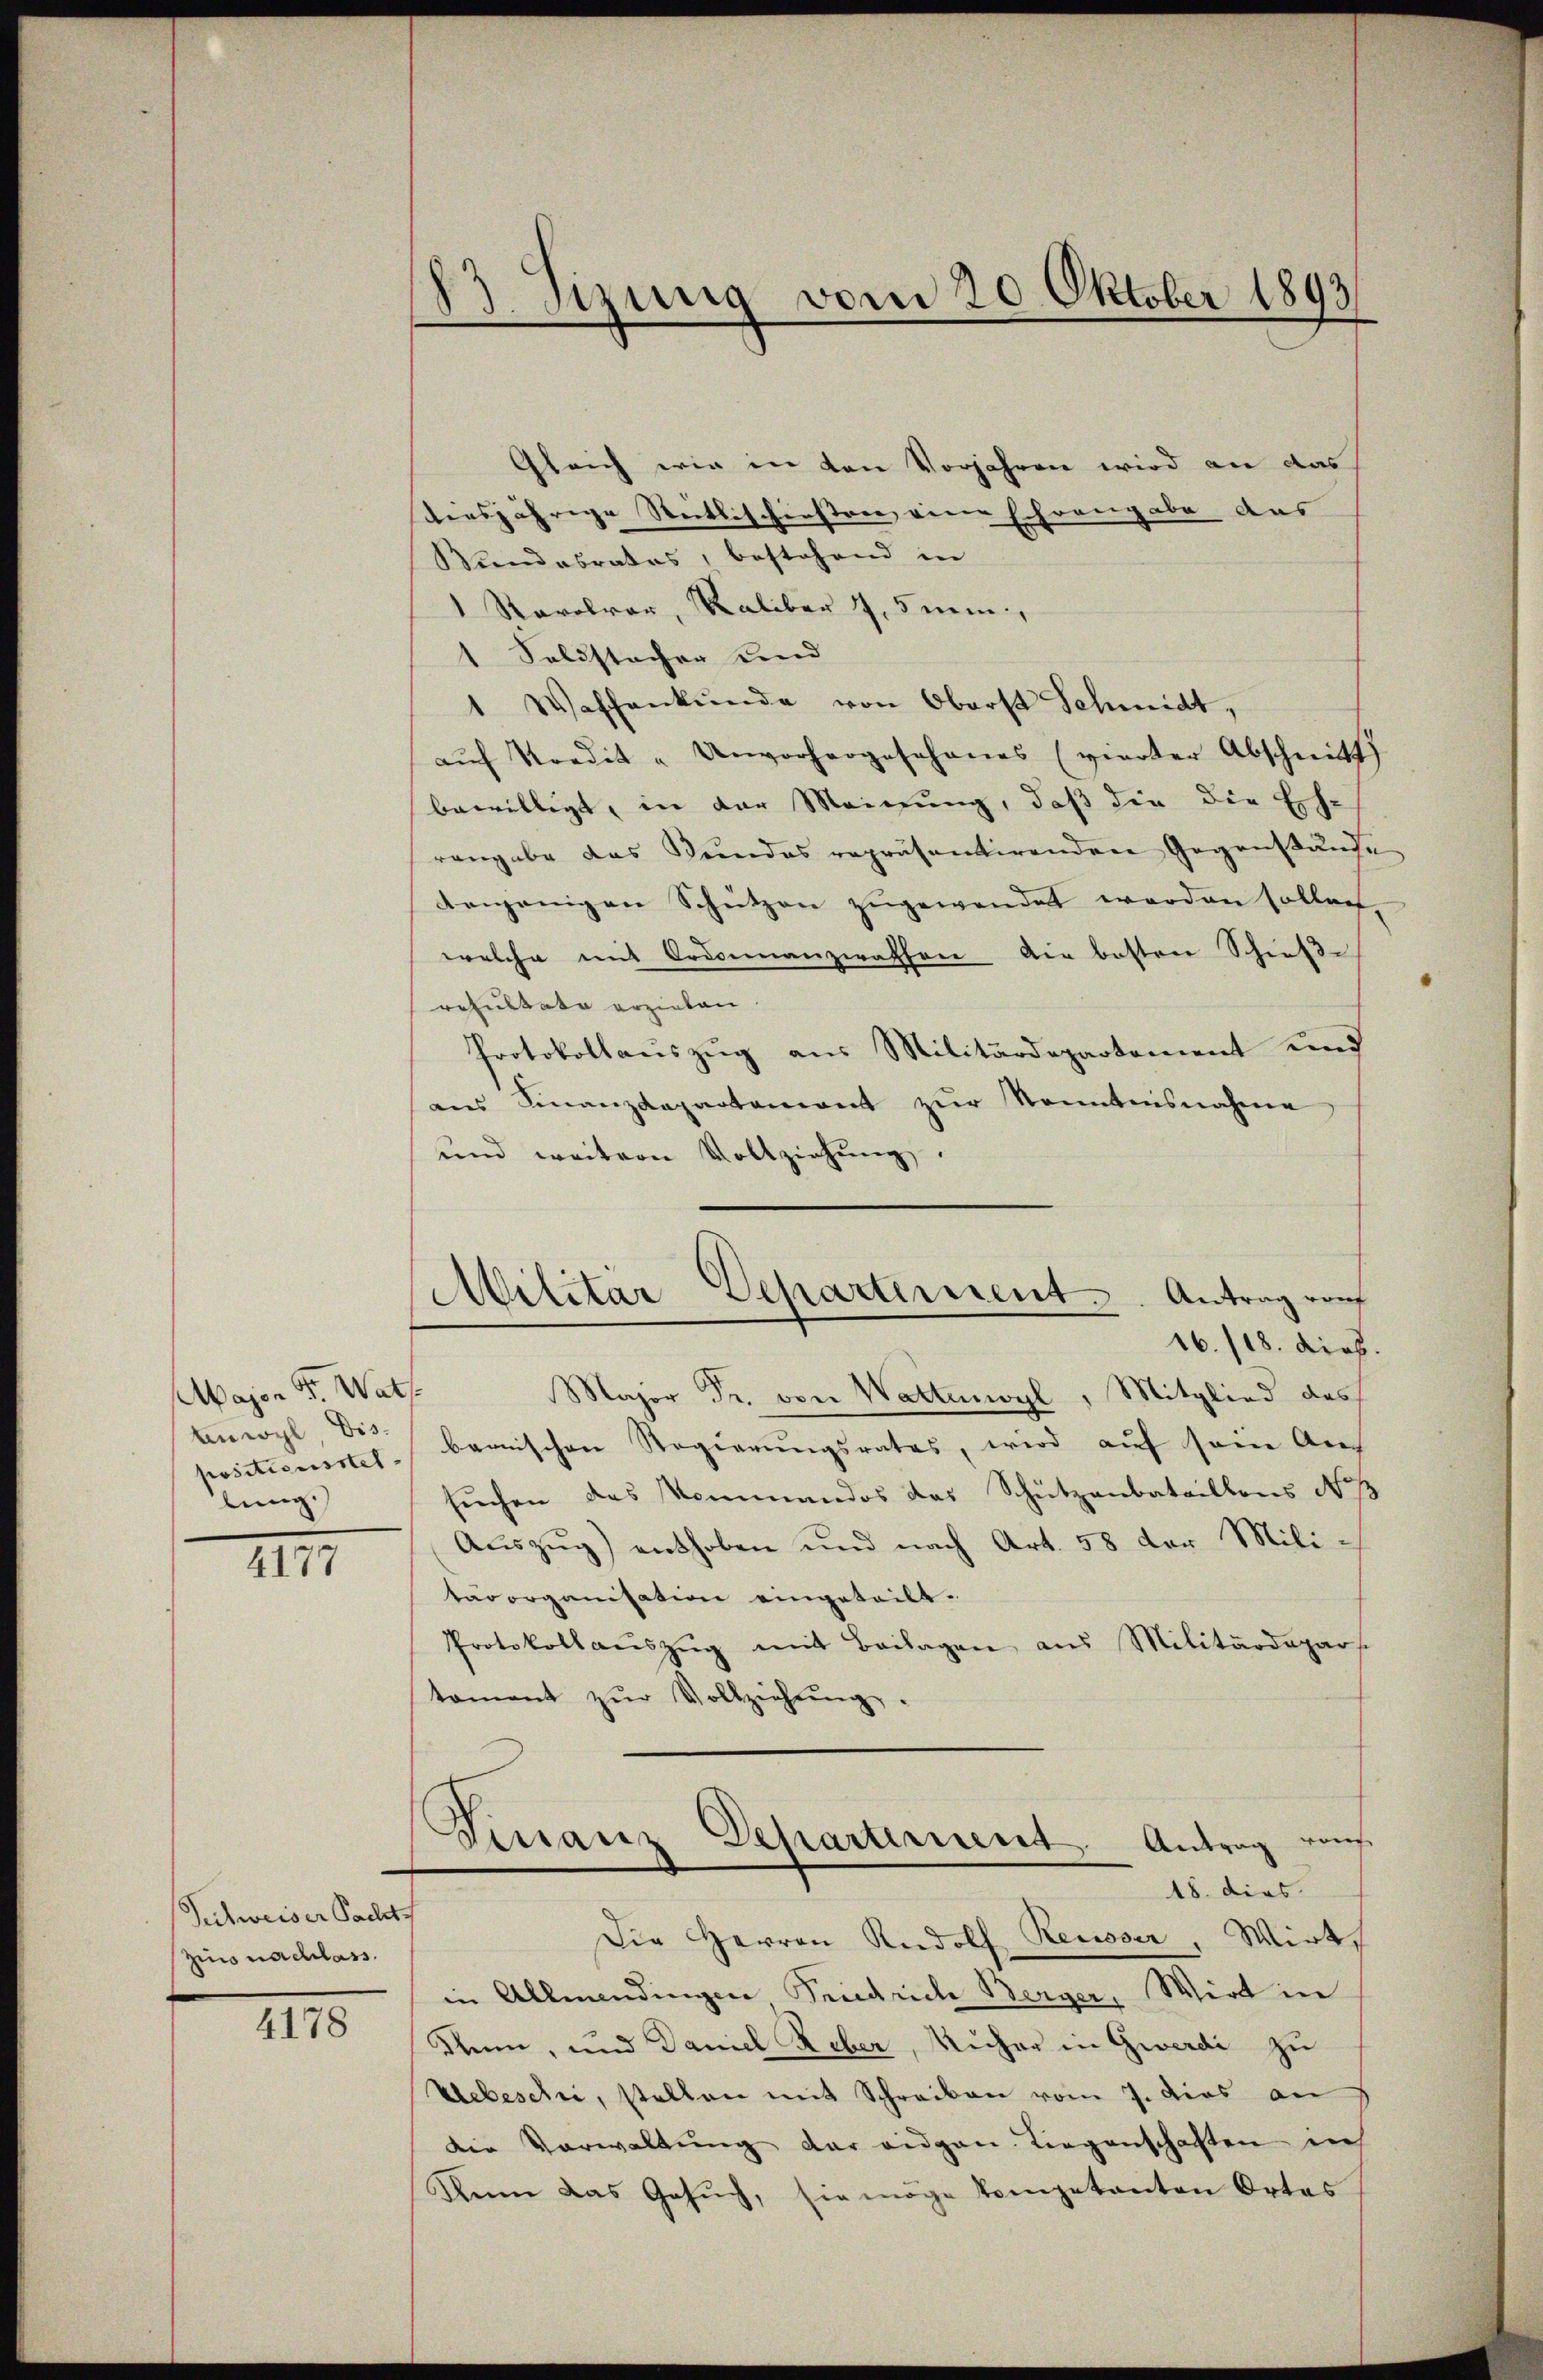
Major Fr. Wats.
Anwyl, Dispositionsstel
lung.)

4177

Peitweiser Pachts
zins nachlass.

4178

183 Sizung vom 20. Oktober 1893

Gleich wie in den Vorjahren wird an das
tersjährige Steitlischenstre eine Schrangabe aus
Bundesrates, bestehend in
1 Ravolver, Kaliber 4,5 mi
1 Soldstacher und
1 Waschenkunde von Oberst Schmidt,
aŭf Kredit "Unvorhergesehenes (vierter Abschnitt
bewilligt, in der Meinung, daß die die Eh-
rangabe das Bundes repräsentirenden Gegenstände
denjenigen Schützen zugewendet werden sollen,
welche mit Ordonnanzrathen die besten Schieße
resultate erziehen
Protokollauszug aus Militärdepartement und
ans Finanzdepartement zur Kenntnisnahme
und weitere Vollziehung.
Major Fr. von Wattenwyl, Mitglied des
bernischen Regierungsrates, wird auf seine An
suchen das Kommandos das Schützenbataillons No. 1
Aŭszŭg) enthoben und nach Art. 58 der Mili-
tärorganisation eingeteilt.
Protokollaŭszŭg mit Beilagen aus Militärdepars.
tament zŭr Vollziehŭng.
Finanz Departement. Antrag vons
18. dies
Die Herren Rudolf Reusser, Wirt
in Allmendingen Friedrich Berger, Wirt in
Klein, und Daniel Reber, Kücher in Gwerde zu
Uebeschi, stellen mit Schreiben vom 7. dies an
die Vorwaltŭng der eidgen. Liegenschaften in
Denn das Gesŭch, sie möge kompetanten Ortes

Militar-Departement. Antrag von
16./18. dies.